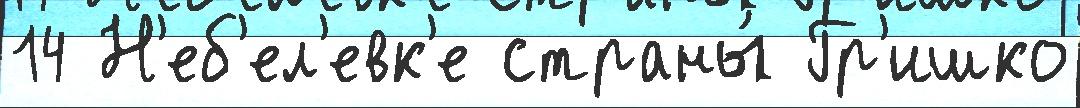
14 Н'еб'ел'евк'е страны́ Гр'ишко